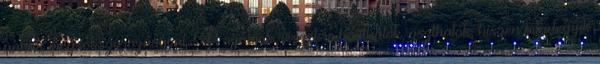
annak megsokszorozásával. A számok részekre bonthatók, oszthatók, hiszen mindegyik